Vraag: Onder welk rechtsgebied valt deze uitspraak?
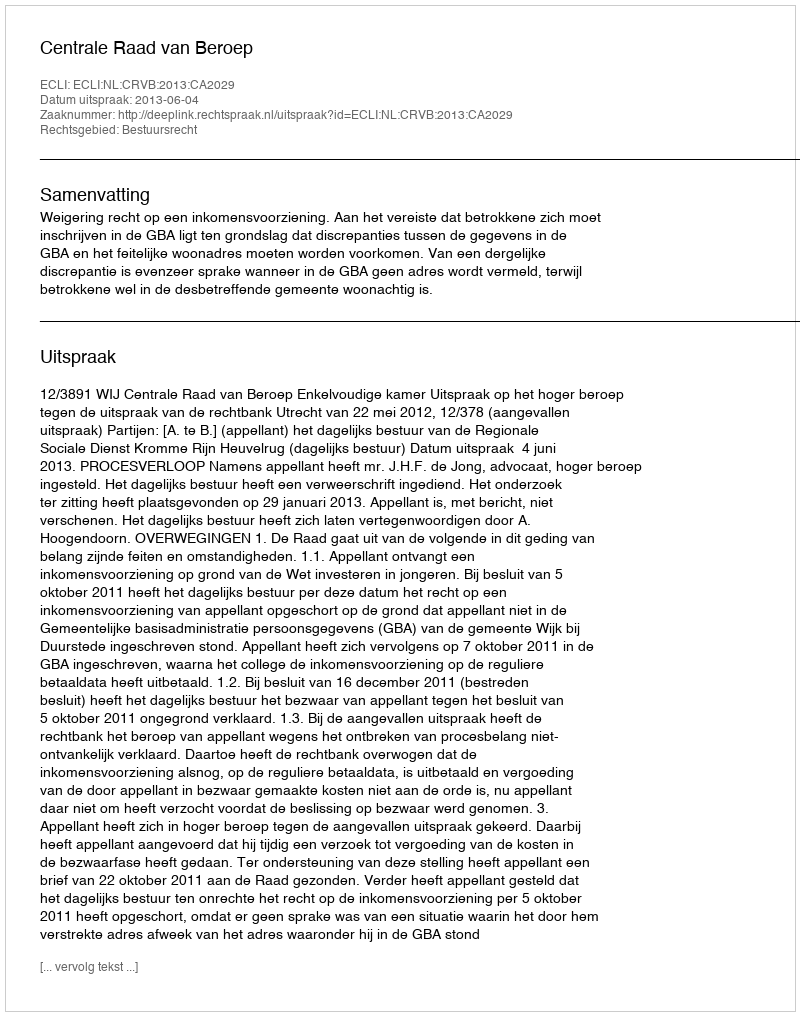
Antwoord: Bestuursrecht